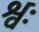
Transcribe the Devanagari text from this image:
श्वः